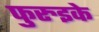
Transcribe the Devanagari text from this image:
फुरुइके